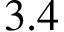
3 . 4